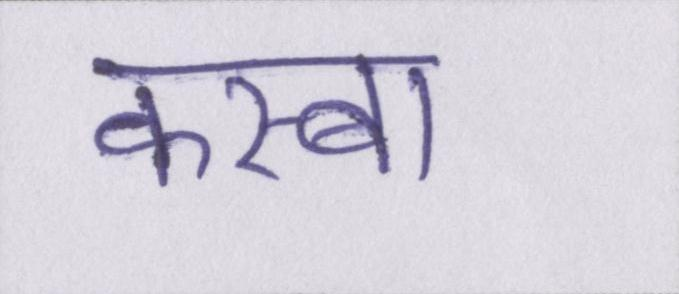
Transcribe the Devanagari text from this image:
कस्बा